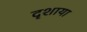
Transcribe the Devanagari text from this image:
दृशाया